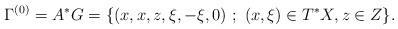
\begin{align*} \Gamma^{(0)}=A^*G = \{ (x,x,z,\xi,-\xi,0)\ ;\ (x,\xi)\in T^*X, z\in Z\}.\end{align*}